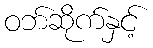
ဝဘ်ဆိုက်နှင့်